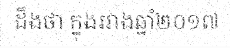
ដឹងថា ក្នុងរវាងឆ្នាំ២០១៧